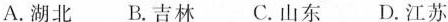
A.湖北 B.吉林 C.山东 D.江苏